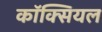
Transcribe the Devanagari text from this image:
कॉक्सियल